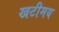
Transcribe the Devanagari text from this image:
खटीमय